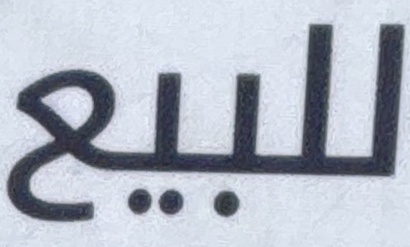
للبيع